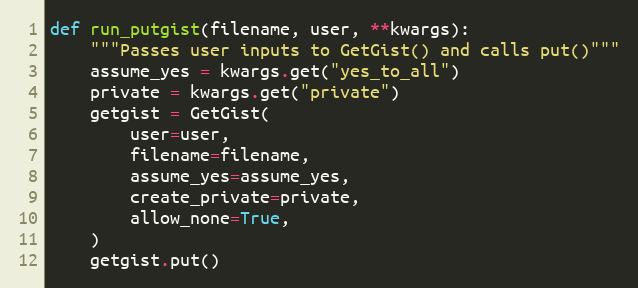
Language: Python
def run_putgist(filename, user, **kwargs):
    """Passes user inputs to GetGist() and calls put()"""
    assume_yes = kwargs.get("yes_to_all")
    private = kwargs.get("private")
    getgist = GetGist(
        user=user,
        filename=filename,
        assume_yes=assume_yes,
        create_private=private,
        allow_none=True,
    )
    getgist.put()